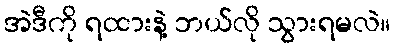
အဲဒီကို ရထားနဲ့ ဘယ်လို သွားရမလဲ။